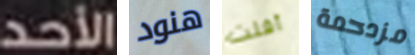
الأحد هنود أفلت مزدحمة